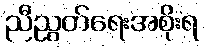
ညီညွတ်ရေးအစိုးရ